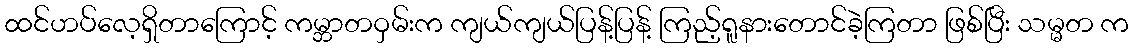
ထင်ဟပ်လေ့ရှိတာကြောင့် ကမ္ဘာတဝှမ်းက ကျယ်ကျယ်ပြန့်ပြန့် ကြည့်ရူနားတောင်ခဲ့ကြတာ ဖြစ်ပြီး သမ္မတ က